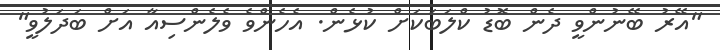
"އޭރު ބޭނުންވީ ދެން ބޮޑު ކްލަބަކަށް ކުޅެން. އެހެންވެ ވެލެންސިއާ އަށް ބަދަލުވީ"